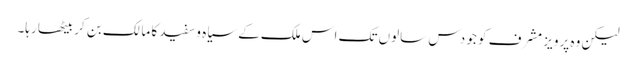
لیکن وہ پرویز مشرف کو جو دس سالوں تک اس ملک کے سیاہ و سفید کا مالک بن کر بیٹھا رہا۔